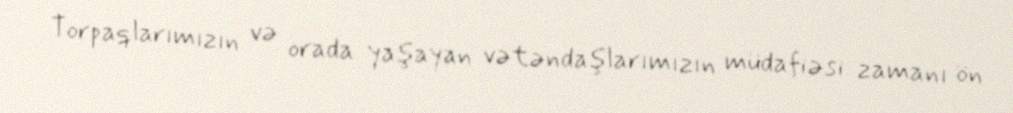
Torpaqlarımızın və orada yaşayan vətəndaşlarımızın müdafiəsi zamanı ön